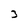
Character: 3